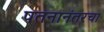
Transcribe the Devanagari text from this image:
पतनानंतरचा